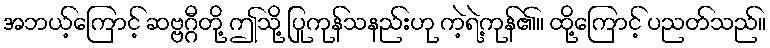
အဘယ့်ကြောင့် ဆဗ္ဗဂ္ဂီတို့ ဤသို့ ပြုကုန်သနည်းဟု ကဲ့ရဲ့ကုန်၏။ ထို့ကြောင့် ပညတ်သည်။